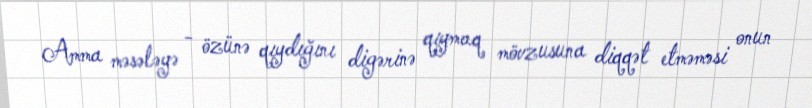
Amma məsələyə - özünə qıydığını digərinə qıymaq mövzusuna diqqət etməməsi onun